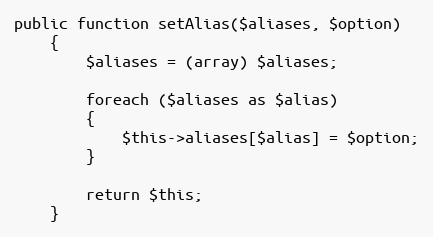
Language: PHP
public function setAlias($aliases, $option)
	{
		$aliases = (array) $aliases;

		foreach ($aliases as $alias)
		{
			$this->aliases[$alias] = $option;
		}

		return $this;
	}